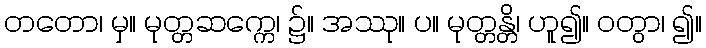
တတော၊ မှ။ မုတ္တဆက္ကေ၊ ၌။ အဿု။ ပ။ မုတ္တန္တိ၊ ဟူ၍။ ဝတွာ၊ ၍။